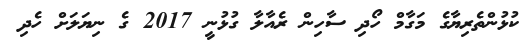
ކުޅުންތެރިޔާގެ މަގާމް ހޯދި ސާހިން ރެއާލާ ގުޅުނީ 2017 ގެ ނިޔަލަށް ހެދި